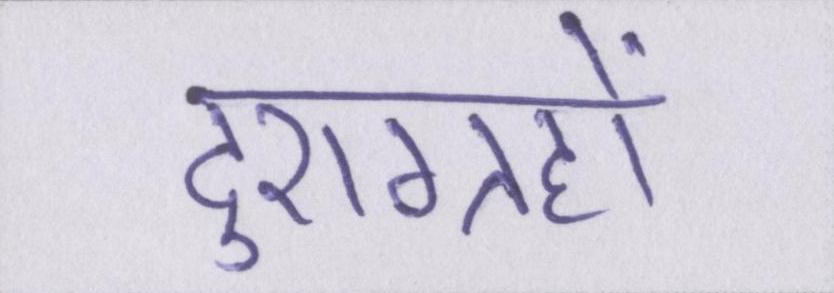
दुराग्रहों